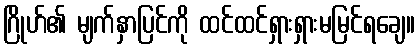
ဂြိုဟ်၏ မျက်နှာပြင်ကို ထင်ထင်ရှားရှားမမြင်ရချေ။